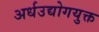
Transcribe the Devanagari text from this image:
अर्धउद्योगयुक्त